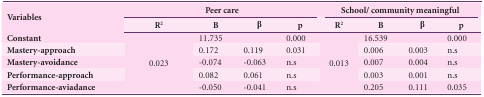
| <ROWSPAN=2> Variables | <COLSPAN=4> Peer care | <COLSPAN=4> School/ community meaningful |
 | R2 | B | β | p< | R2 | B | β | p< |
 | --- | --- | --- | --- | --- | --- | --- | --- | --- |
 | Constant | <ROWSPAN=5> 0.023 | 11.735 |  | 0.000 | <ROWSPAN=5> 0.013 | 16.539 |  | 0.000 |
 | Mastery-approach | 0.172 | 0.119 | 0.031 | 0.006 | 0.003 | n.s |
 | Mastery-avoidance | -0.074 | -0.063 | n.s | 0.007 | 0.004 | n.s |
 | Performance-approach | 0.082 | 0.061 | n.s | 0.003 | 0.001 | n.s |
 | Performance-aviadance | -0.050 | -0.041 | n.s | 0.205 | 0.111 | 0.035 |